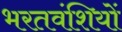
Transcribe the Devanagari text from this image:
भरतवंशियों